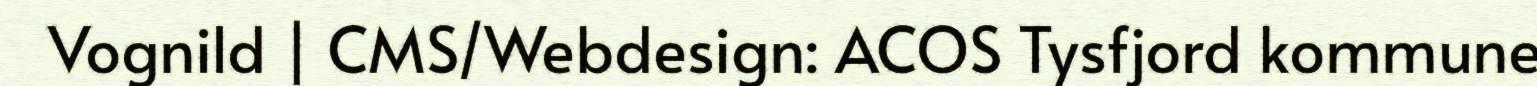
Vognild | CMS/Webdesign: ACOS Tysfjord kommune